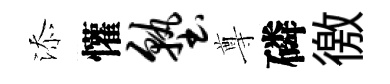
添懽塾尊磷徼